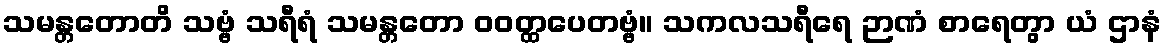
သမန္တတောတိ သဗ္ဗံ သရီရံ သမန္တတော ဝဝတ္ထပေတဗ္ဗံ။ သကလသရီရေ ဉာဏံ စာရေတွာ ယံ ဌာနံ